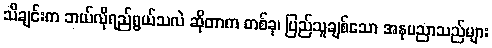
သီချင်းက ဘယ်လိုရည်ရွယ်သလဲ ဆိုတာက တစ်ခု၊ ပြည်သူချစ်သော အနုပညာသည်များ